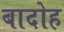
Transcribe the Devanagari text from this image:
बादोह